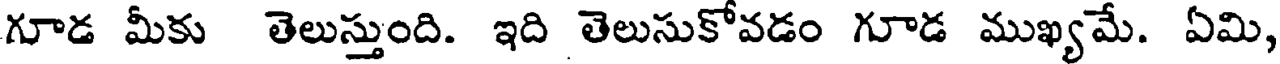
గూడ మీకు తెలుస్తుంది. ఇది తెలుసుకోవడం గూడ ముఖ్యమే. ఏమి,